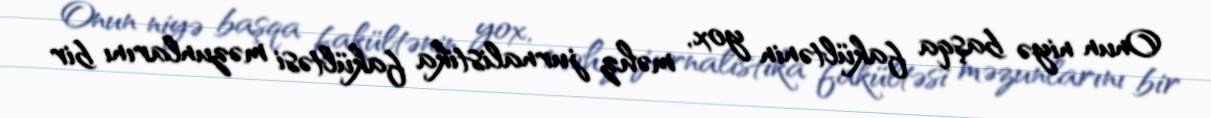
Onun niyə başqa fakültənin yox, məhz jurnalistika fakültəsi məzunlarını bir